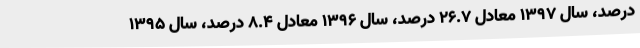
درصد، سال ۱۳۹۷ معادل ۲۶.۷ درصد، سال ۱۳۹۶ معادل ۸.۴ درصد، سال ۱۳۹۵